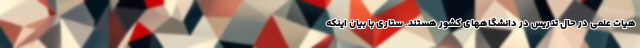
هیات علمی در حال تدریس در دانشگاههای کشور هستند. ستاری با بیان اینکه